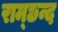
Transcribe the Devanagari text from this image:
राम्छन्द